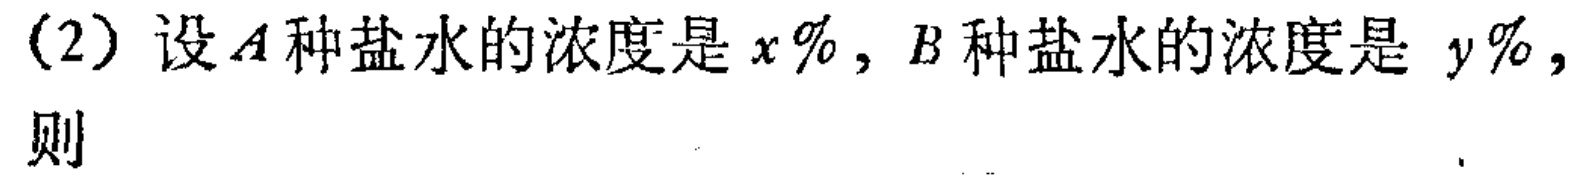
(2) 设\(A\)种盐水的浓度是\(x\%\)，\(B\)种盐水的浓度是 \(y\%\)，则